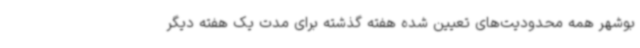
بوشهر همه محدودیت‌های تعیین‌ شده هفته گذشته برای مدت یک هفته دیگر